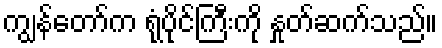
ကျွန်တော်က ရုံပိုင်ကြီးကို နှုတ်ဆက်သည်။